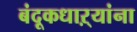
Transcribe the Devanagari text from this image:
बंदूकधाऱ्यांना